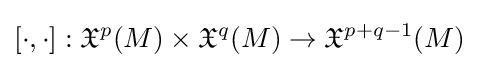
[\cdot ,\cdot ]:{{\mathfrak {X}}^{p}}(M)\times {{\mathfrak {X}}^{q}}(M)\to {{\mathfrak {X}}^{p+q-1}}(M)